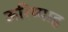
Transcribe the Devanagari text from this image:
ऊरिय्याह